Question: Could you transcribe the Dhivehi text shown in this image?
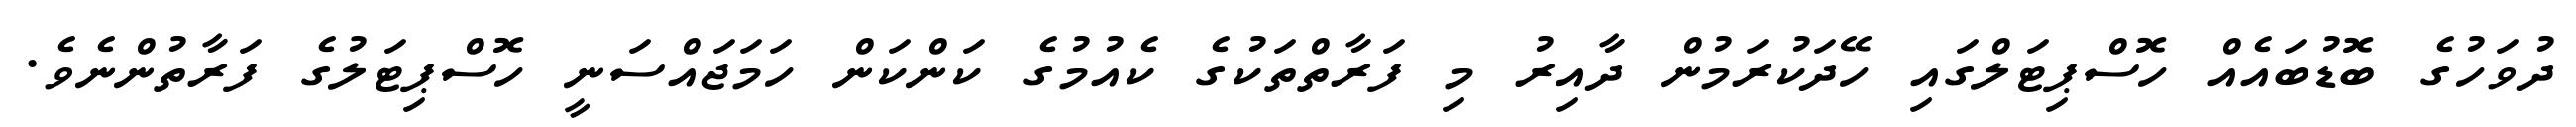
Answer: ދުވަހުގެ ބޮޑުބައެއް ހޮސްޕިޓަލްގައި ހޭދަކުރަމުން ދާއިރު މި ފަރާތްތަކުގެ ކެއުމުގެ ކަންކަން ހަމަޖައްސަނީ ހޮސްޕިޓަލުގެ ފަރާތުންނެވެ.